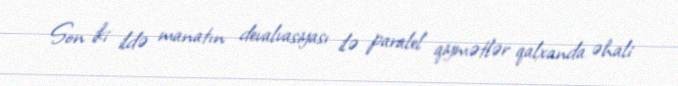
Son iki ildə manatın devalvasiyası ilə paralel qiymətlər qalxanda əhali